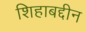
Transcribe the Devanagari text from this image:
शिहाबद्दीन